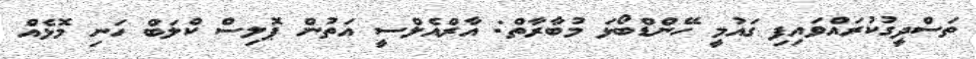
ތަސްދީގުކުރައްވައިފި ގައުމީ ހޭންޑްބޯޅަ މުބާރާތް: އާރްއެލްސީ އަތުން ޕޮލިސް ކްލަބް ހަނި މޮޅެއް